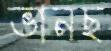
ভানছ